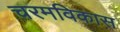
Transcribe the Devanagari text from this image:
चरमविकास